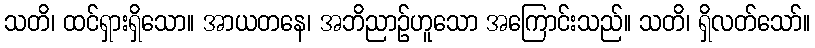
သတိ၊ ထင်ရှားရှိသော။ အာယတနေ၊ အဘိညာဉ်ဟူသော အကြောင်းသည်။ သတိ၊ ရှိလတ်သော်။